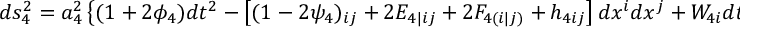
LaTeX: d s _ { 4 } ^ { 2 } = a _ { 4 } ^ { 2 } \left\{ ( 1 + 2 \phi _ { 4 } ) d t ^ { 2 } - \left[ ( 1 - 2 \psi _ { 4 } ) \O _ { i j } + 2 E _ { 4 | i j } + 2 F _ { 4 ( i | j ) } + h _ { 4 i j } \right] d x ^ { i } d x ^ { j } + W _ { 4 i } d t d x ^ { i } \right\} \; .